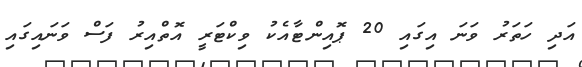
އަދި ހަތަރު ވަނަ އިގައި 20 ޕޮއިންޓާއެކު ވިކްޓަރީ އޮތްއިރު ފަސް ވަނައިގައި